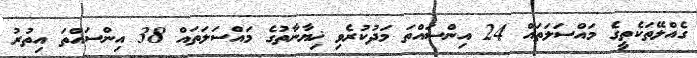
ގެއްލޭތަކެތީގެ މައްސަލަތައް 24 އިންސައްތަ މަދުކުރެވި ޚިޔާނާތުގެ މައްސަލަތައް 38 އިންސައްތަ އިތުރު